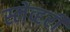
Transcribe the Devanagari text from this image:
स्लेव्हरी